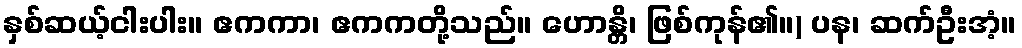
နှစ်ဆယ့်ငါးပါး။ ဧကကာ၊ ဧကကတို့သည်။ ဟောန္တိ၊ ဖြစ်ကုန်၏။) ပန၊ ဆက်ဦးအံ့။